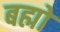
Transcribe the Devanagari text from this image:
बह्मो